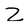
Character: Z